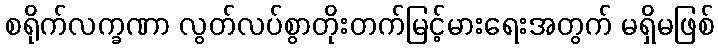
စရိုက်လက္ခဏာ လွတ်လပ်စွာတိုးတက်မြင့်မားရေးအတွက် မရှိမဖြစ်